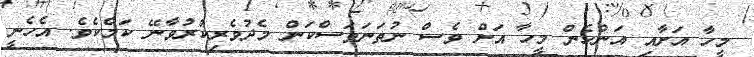
މީހާ އަށާއި އަންހެން މީހާ އަށް ވެސް ނުތަނަވަސްކަން މެދުވެރިކުރުވާނޭ ކަމެކެވެ. އެހެނީ